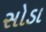
સોડા